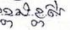
ខ្ពង់ខ្ពស់